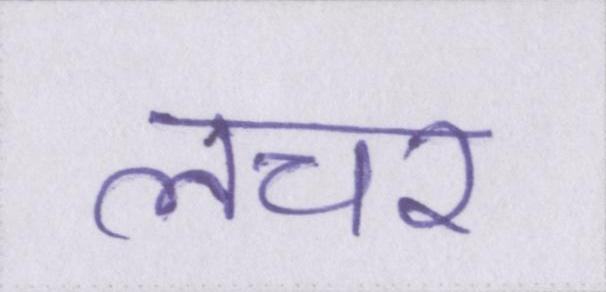
लचर